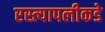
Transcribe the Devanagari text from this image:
रस्त्यापलीकडे